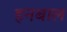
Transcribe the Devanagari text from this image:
हनबाल